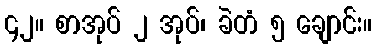
၄၂။ စာအုပ် ၂ အုပ်၊ ခဲတံ ၅ ချောင်း။